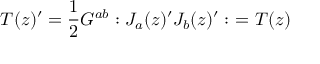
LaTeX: T ( z ) ^ { \prime } = \frac { 1 } { 2 } G ^ { a b } : J _ { a } ( z ) ^ { \prime } J _ { b } ( z ) ^ { \prime } : \ = T ( z )